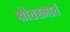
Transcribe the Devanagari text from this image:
श्रौतस्मार्त